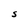
Character: S